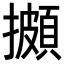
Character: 𢷧